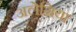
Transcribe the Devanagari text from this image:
अलेग्रिया